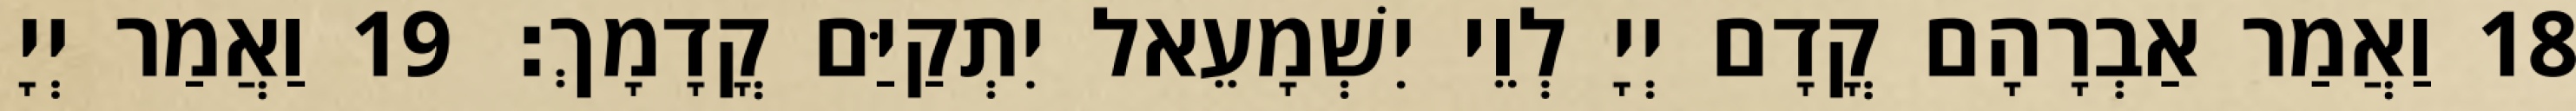
18 וַאֲמַר אַבְרָהָם קֳדָם יְיָ לְוֵי יִשְׁמָעֵאל יִתְקַיַּם קֳדָמָךְ׃ 19 וַאֲמַר יְיָ